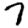
Digit: 7